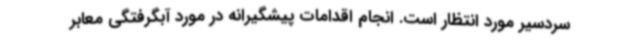
سردسیر مورد انتظار است. انجام اقدامات پیشگیرانه در مورد آبگرفتگی معابر